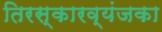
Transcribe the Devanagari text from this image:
तिरस्कारव्यंजका